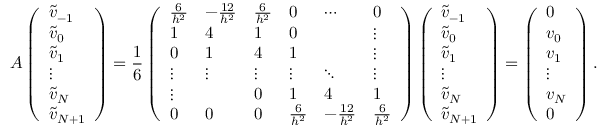
A \left( \begin{array} { l } { \widetilde v _ { - 1 } } \\ { \widetilde v _ { 0 } } \\ { \widetilde v _ { 1 } } \\ { \vdots } \\ { \widetilde v _ { N } } \\ { \widetilde v _ { N + 1 } } \end{array} \right) = \frac { 1 } { 6 } \left( \begin{array} { l l l l l l } { \frac { 6 } { h ^ { 2 } } } & { - \frac { 1 2 } { h ^ { 2 } } } & { \frac { 6 } { h ^ { 2 } } } & { 0 } & { \cdots } & { 0 } \\ { 1 } & { 4 } & { 1 } & { 0 } & & { \vdots } \\ { 0 } & { 1 } & { 4 } & { 1 } & & { \vdots } \\ { \vdots } & { \vdots } & { \vdots } & { \vdots } & { \ddots } & { \vdots } \\ { \vdots } & & { 0 } & { 1 } & { 4 } & { 1 } \\ { 0 } & { 0 } & { 0 } & { \frac { 6 } { h ^ { 2 } } } & { - \frac { 1 2 } { h ^ { 2 } } } & { \frac { 6 } { h ^ { 2 } } } \end{array} \right) \left( \begin{array} { l } { \widetilde v _ { - 1 } } \\ { \widetilde v _ { 0 } } \\ { \widetilde v _ { 1 } } \\ { \vdots } \\ { \widetilde v _ { N } } \\ { \widetilde v _ { N + 1 } } \end{array} \right) = \left( \begin{array} { l } { 0 } \\ { v _ { 0 } } \\ { v _ { 1 } } \\ { \vdots } \\ { v _ { N } } \\ { 0 } \end{array} \right) .